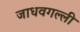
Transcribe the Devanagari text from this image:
जाधवगल्ली